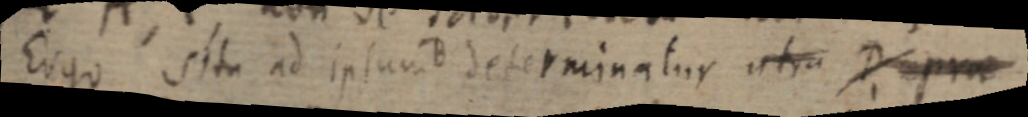
Ergo situ ad ipsum B determinatur utra D eprae